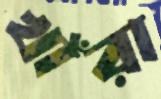
খাঁরা